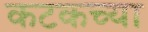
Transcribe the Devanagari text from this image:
कटकच्या